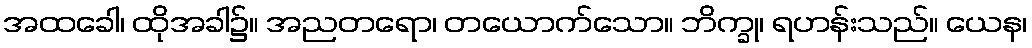
အထခေါ၊ ထိုအခါ၌။ အညတရော၊ တယောက်သော။ ဘိက္ခု၊ ရဟန်းသည်။ ယေန၊